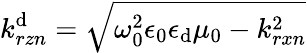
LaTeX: k_{rzn}^{\mathrm{d}}=\sqrt{\omega_{0}^{2}\epsilon_{0}\epsilon_{\mathrm{d}}\mu_{0}-k_{rxn}^{2}}